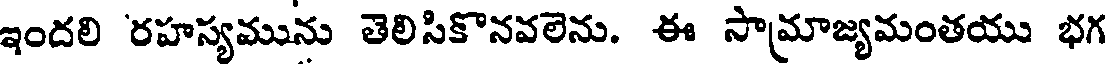
ఇందలి రహస్యమును తెలిసికొనవలెను. ఈ సామాజ్యమంతయు భగ